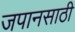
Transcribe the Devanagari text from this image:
जपानसाठी